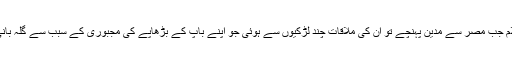
حضرت موسیٰ علیہ السلام جب مصر سے مدین پہنچے تو ان کی ملاقات چند لڑکیوں سے ہوئی جو اپنے باپ کے بڑھاپے کی مجبوری کے سبب سے گلہ بانی کا کام خود کرتی تھیں۔